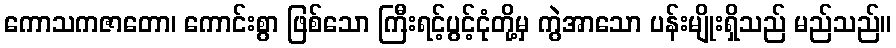
ကောသကဇာတော၊ ကောင်းစွာ ဖြစ်သော ကြီးရင့်ပွင့်ငုံတို့မှ ကွဲအာသော ပန်းမျိုးရှိသည် မည်သည်။